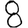
Digit: 8